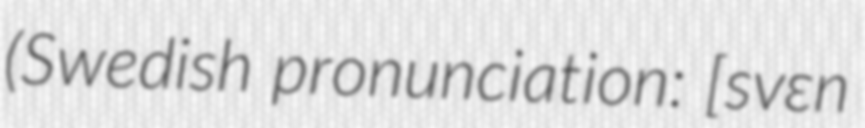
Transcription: (Swedish pronunciation: [svɛn